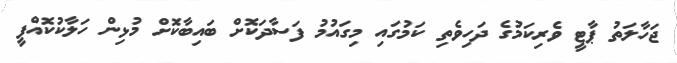
ޖަހާލަތު ޕާޓީ ވެރިކަމުގެ ދަހިވެތި ކަމުގައި މިގައުމު ފަސާދަކޮށް ބައިބާކޮަށް މުޅިން ހަލާކުކޮއްފީ